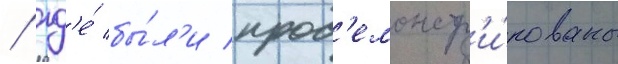
/ гд'е́ бы́л'и прод'емонстр'и́рованы